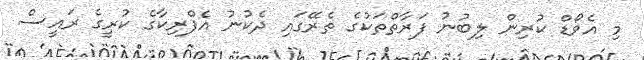
މި އެވޯޑް ކުރިން ލިބުނު ފަރާތްތަކުގެ ތެރޭގައި ދެކުނު އެފްރިކާގެ ކުރީގެ ރައީސް